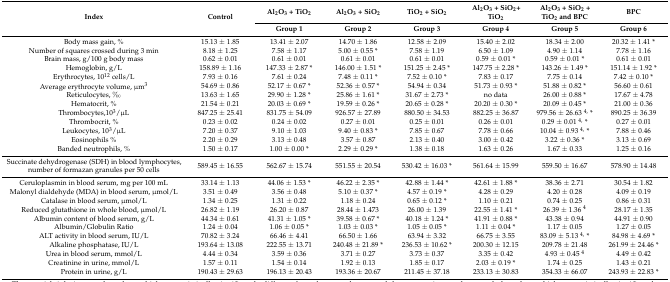
<table><thead><tr><td rowspan="2"><b>Index</b></td><td rowspan="2"><b>Control</b></td><td><b>Al<sub>2</sub>O<sub>3</sub> + TiO<sub>2</sub></b></td><td><b>Al<sub>2</sub>O<sub>3</sub> + SiO<sub>2</sub></b></td><td><b>TiO<sub>2</sub> + SiO<sub>2</sub></b></td><td><b>Al<sub>2</sub>O<sub>3</sub> + SiO<sub>2</sub>+ TiO<sub>2</sub></b></td><td><b>Al<sub>2</sub>O<sub>3</sub> + SiO<sub>2</sub> + TiO<sub>2</sub> and BPC</b></td><td><b>BPC</b></td></tr><tr><td><b>Group 1</b></td><td><b>Group 2</b></td><td><b>Group 3</b></td><td><b>Group 4</b></td><td><b>Group 5</b></td><td><b>Group 6</b></td></tr></thead><tbody><tr><td>Body mass gain, %</td><td>15.13 ± 1.85</td><td>13.41 ± 2.07</td><td>14.70 ± 1.86</td><td>12.58 ± 2.09</td><td>15.40 ± 2.02</td><td>18.34 ± 2.00</td><td>20.32 ± 1.41 *</td></tr><tr><td>Number of squares crossed during 3 min</td><td>8.18 ± 1.25</td><td>7.58 ± 1.17</td><td>5.00 ± 0.55 *</td><td>7.58 ± 1.19</td><td>6.50 ± 1.09</td><td>4.90 ± 1.14</td><td>7.78 ± 1.16</td></tr><tr><td>Brain mass, g/100 g body mass</td><td>0.62 ± 0.01</td><td>0.61 ± 0.01</td><td>0.61 ± 0.01</td><td>0.61 ± 0.01</td><td>0.59 ± 0.01 *</td><td>0.59 ± 0.01 *</td><td>0.61 ± 0.01</td></tr><tr><td>Hemoglobin, g/L</td><td>158.89 ± 1.16</td><td>147.33 ± 2.87 *</td><td>146.00 ± 1.51 *</td><td>151.25 ± 2.45 *</td><td>147.75 ± 2.28 *</td><td>143.26 ± 1.49 *</td><td>151.14 ± 1.92 *</td></tr><tr><td>Erythrocytes, 10<sup>12</sup> cells/L</td><td>7.93 ± 0.16</td><td>7.61 ± 0.24</td><td>7.48 ± 0.11 *</td><td>7.52 ± 0.10 *</td><td>7.83 ± 0.17</td><td>7.75 ± 0.14</td><td>7.42 ± 0.10 *</td></tr><tr><td>Average erythrocyte volume, μm<sup>3</sup></td><td>54.69 ± 0.86</td><td>52.17 ± 0.67 *</td><td>52.36 ± 0.57 *</td><td>54.94 ± 0.34</td><td>51.73 ± 0.93 *</td><td>51.88 ± 0.82 *</td><td>56.60 ± 0.61</td></tr><tr><td>Reticulocytes, ‰</td><td>13.63 ± 1.65</td><td>29.90 ± 1.28 *</td><td>25.86 ± 1.61 *</td><td>31.67 ± 2.73 *</td><td>no data</td><td>26.00 ± 0.88 *</td><td>17.67 ± 4.78</td></tr><tr><td>Hematocrit, %</td><td>21.54 ± 0.21</td><td>20.03 ± 0.69 *</td><td>19.59 ± 0.26 *</td><td>20.65 ± 0.28 *</td><td>20.20 ± 0.30 *</td><td>20.09 ± 0.45 *</td><td>21.00 ± 0.36</td></tr><tr><td>Thrombocytes,10<sup>3</sup>/μL </td><td>847.25 ± 25.41</td><td>831.75 ± 54.09</td><td>926.57 ± 27.89</td><td>880.50 ± 34.53</td><td>882.25 ± 36.87</td><td>979.56 ± 26.63 <sup>4,</sup> *</td><td>890.25 ± 36.39</td></tr><tr><td>Thrombocrit, %</td><td>0.23 ± 0.02</td><td>0.24 ± 0.02</td><td>0.27 ± 0.01</td><td>0.25 ± 0.01</td><td>0.26 ± 0.01</td><td>0.29 ± 0.01 <sup>4,</sup> *</td><td>0.27 ± 0.01</td></tr><tr><td>Leukocytes, 10<sup>3</sup>/μL</td><td>7.20 ± 0.37</td><td>9.10 ± 1.03</td><td>9.40 ± 0.83 *</td><td>7.85 ± 0.67</td><td>7.78 ± 0.66</td><td>10.04 ± 0.93 <sup>4,</sup> *</td><td>7.88 ± 0.46</td></tr><tr><td>Eosinophils %</td><td>2.20 ± 0.29</td><td>3.13 ± 0.48</td><td>3.57 ± 0.87</td><td>2.13 ± 0.40</td><td>3.00 ± 0.42</td><td>3.22 ± 0.36 *</td><td>3.13 ± 0.69</td></tr><tr><td>Banded neutrophils, %</td><td>1.50 ± 0.17</td><td>1.00 ± 0.00 *</td><td>2.29 ± 0.29 *</td><td>1.38 ± 0.18</td><td>1.63 ± 0.26</td><td>1.67 ± 0.33</td><td>1.25 ± 0.16</td></tr><tr><td>Succinate dehydrogenase (SDH) in blood lymphocytes, number of formazan granules per 50 cells</td><td>589.45 ± 16.55</td><td>562.67 ± 15.74</td><td>551.55 ± 20.54</td><td>530.42 ± 16.03 *</td><td>561.64 ± 15.99</td><td>559.50 ± 16.67</td><td>578.90 ± 14.48</td></tr><tr><td>Ceruloplasmin in blood serum, mg per 100 mL</td><td>33.14 ± 1.13</td><td>44.06 ± 1.53 *</td><td>46.22 ± 2.35 *</td><td>42.88 ± 1.44 *</td><td>42.61 ± 1.88 *</td><td>38.36 ± 2.71</td><td>30.54 ± 1.82</td></tr><tr><td>Malonyl dialdehyde (MDA) in blood serum, μmol/L</td><td>3.51 ± 0.49</td><td>3.56 ± 0.48</td><td>5.10 ± 0.37 *</td><td>4.57 ± 0.19 *</td><td>4.28 ± 0.29</td><td>4.20 ± 0.28</td><td>4.09 ± 0.19</td></tr><tr><td>Catalase in blood serum, μmol/L</td><td>1.34 ± 0.25</td><td>1.31 ± 0.22</td><td>1.18 ± 0.24</td><td>0.65 ± 0.12 *</td><td>1.10 ± 0.21</td><td>0.74 ± 0.25</td><td>0.86 ± 0.31</td></tr><tr><td>Reduced glutathione in whole blood, μmol/L</td><td>26.82 ± 1.19</td><td>26.20 ± 0.87</td><td>28.44 ± 1.473</td><td>26.00 ± 1.39</td><td>22.55 ± 1.41 *</td><td>26.39 ± 1.36 <sup>4</sup></td><td>28.17 ± 1.35</td></tr><tr><td>Albumin content of blood serum, g/L</td><td>44.34 ± 0.61</td><td>41.31 ± 1.05 *</td><td>39.58 ± 0.67 *</td><td>40.18 ± 1.24 *</td><td>41.91 ± 0.88 *</td><td>43.38 ± 0.94</td><td>44.91 ± 0.90</td></tr><tr><td>Albumin/Globulin Ratio</td><td>1.24 ± 0.04</td><td>1.06 ± 0.05 *</td><td>1.03 ± 0.03 *</td><td>1.05 ± 0.05 *</td><td>1.11 ± 0.04 *</td><td>1.17 ± 0.05</td><td>1.27 ± 0.05</td></tr><tr><td>ALT activity in blood serum, IU/L</td><td>70.82 ± 3.24</td><td>66.46 ± 4.41</td><td>66.50 ± 1.66</td><td>63.94 ± 3.32</td><td>66.75 ± 3.55</td><td>83.09 ± 5.13 <sup>4,</sup> *</td><td>84.98 ± 4.69 *</td></tr><tr><td>Alkaline phosphatase, IU/L</td><td>193.64 ± 13.08</td><td>222.55 ± 13.71</td><td>240.48 ± 21.89 *</td><td>236.53 ± 10.62 *</td><td>200.30 ± 12.15</td><td>209.78 ± 21.48</td><td>261.99 ± 24.46 *</td></tr><tr><td>Urea in blood serum, mmol/L</td><td>4.44 ± 0.34</td><td>3.59 ± 0.36</td><td>3.71 ± 0.27</td><td>3.73 ± 0.37</td><td>3.35 ± 0.42</td><td>4.93 ± 0.45 <sup>4</sup></td><td>4.49 ± 0.42</td></tr><tr><td>Creatinine in urine, mmol/L</td><td>1.57 ± 0.11</td><td>1.54 ± 0.14</td><td>1.92 ± 0.13</td><td>1.85 ± 0.17</td><td>2.03 ± 0.19 *</td><td>1.74 ± 0.25</td><td>1.43 ± 0.21</td></tr><tr><td>Protein in urine, g/L</td><td>190.43 ± 29.63</td><td>196.13 ± 20.43</td><td>193.36 ± 20.67</td><td>211.45 ± 37.18</td><td>233.13 ± 30.83</td><td>354.33 ± 66.07</td><td>243.93 ± 22.83 *</td></tr></tbody></table>